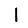
Digit: 1